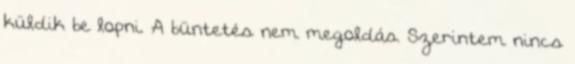
küldik be lopni. A büntetés nem megoldás. Szerintem nincs